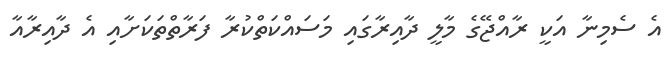
އެ ސެމިނާ އަކީ ރާއްޖޭގެ މާލީ ދާއިރާގައި މަސައްކަތްކުރާ ފަރާތްތަކަށާއި އެ ދާއިރާއާ